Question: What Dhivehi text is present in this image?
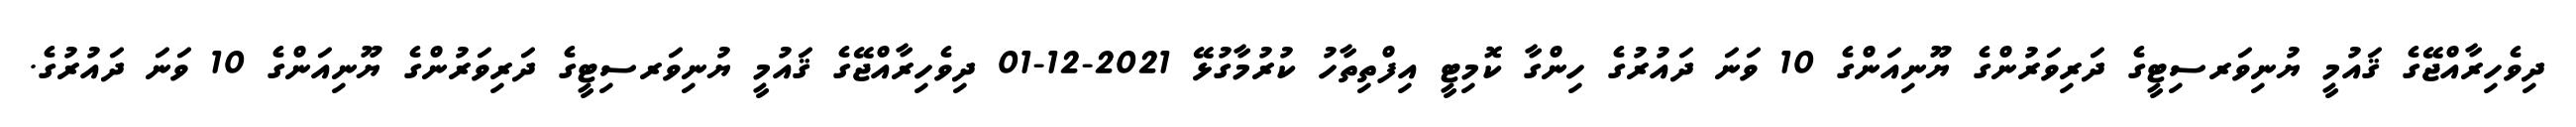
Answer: ދިވެހިރާއްޖޭގެ ޤައުމީ ޔުނިވަރސިޓީގެ ދަރިވަރުންގެ ޔޫނިއަންގެ 10 ވަނަ ދައުރުގެ ހިންގާ ކޮމިޓީ އިފްތިތާހު ކުރުމާގުޅޭ 2021-12-01 ދިވެހިރާއްޖޭގެ ޤައުމީ ޔުނިވަރސިޓީގެ ދަރިވަރުންގެ ޔޫނިއަންގެ 10 ވަނަ ދައުރުގެ.